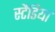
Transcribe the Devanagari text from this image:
स्टैडिया